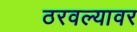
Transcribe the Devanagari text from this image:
ठरवल्यावर